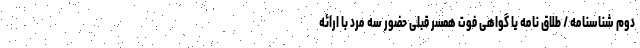
دوم شناسنامه / طلاق نامه یا گواهی فوت همسر قبلی حضور سه مرد با ارائه